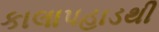
કાલાપહાડથી